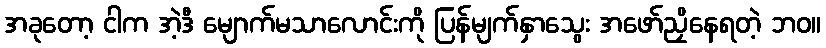
အခုတော့ ငါက အဲ့ဒီ မျောက်မသာလောင်းကို ပြန်မျက်နှာသွေး အဖော်ညှိနေရတဲ့ ဘဝ။